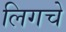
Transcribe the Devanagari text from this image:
लिगचे